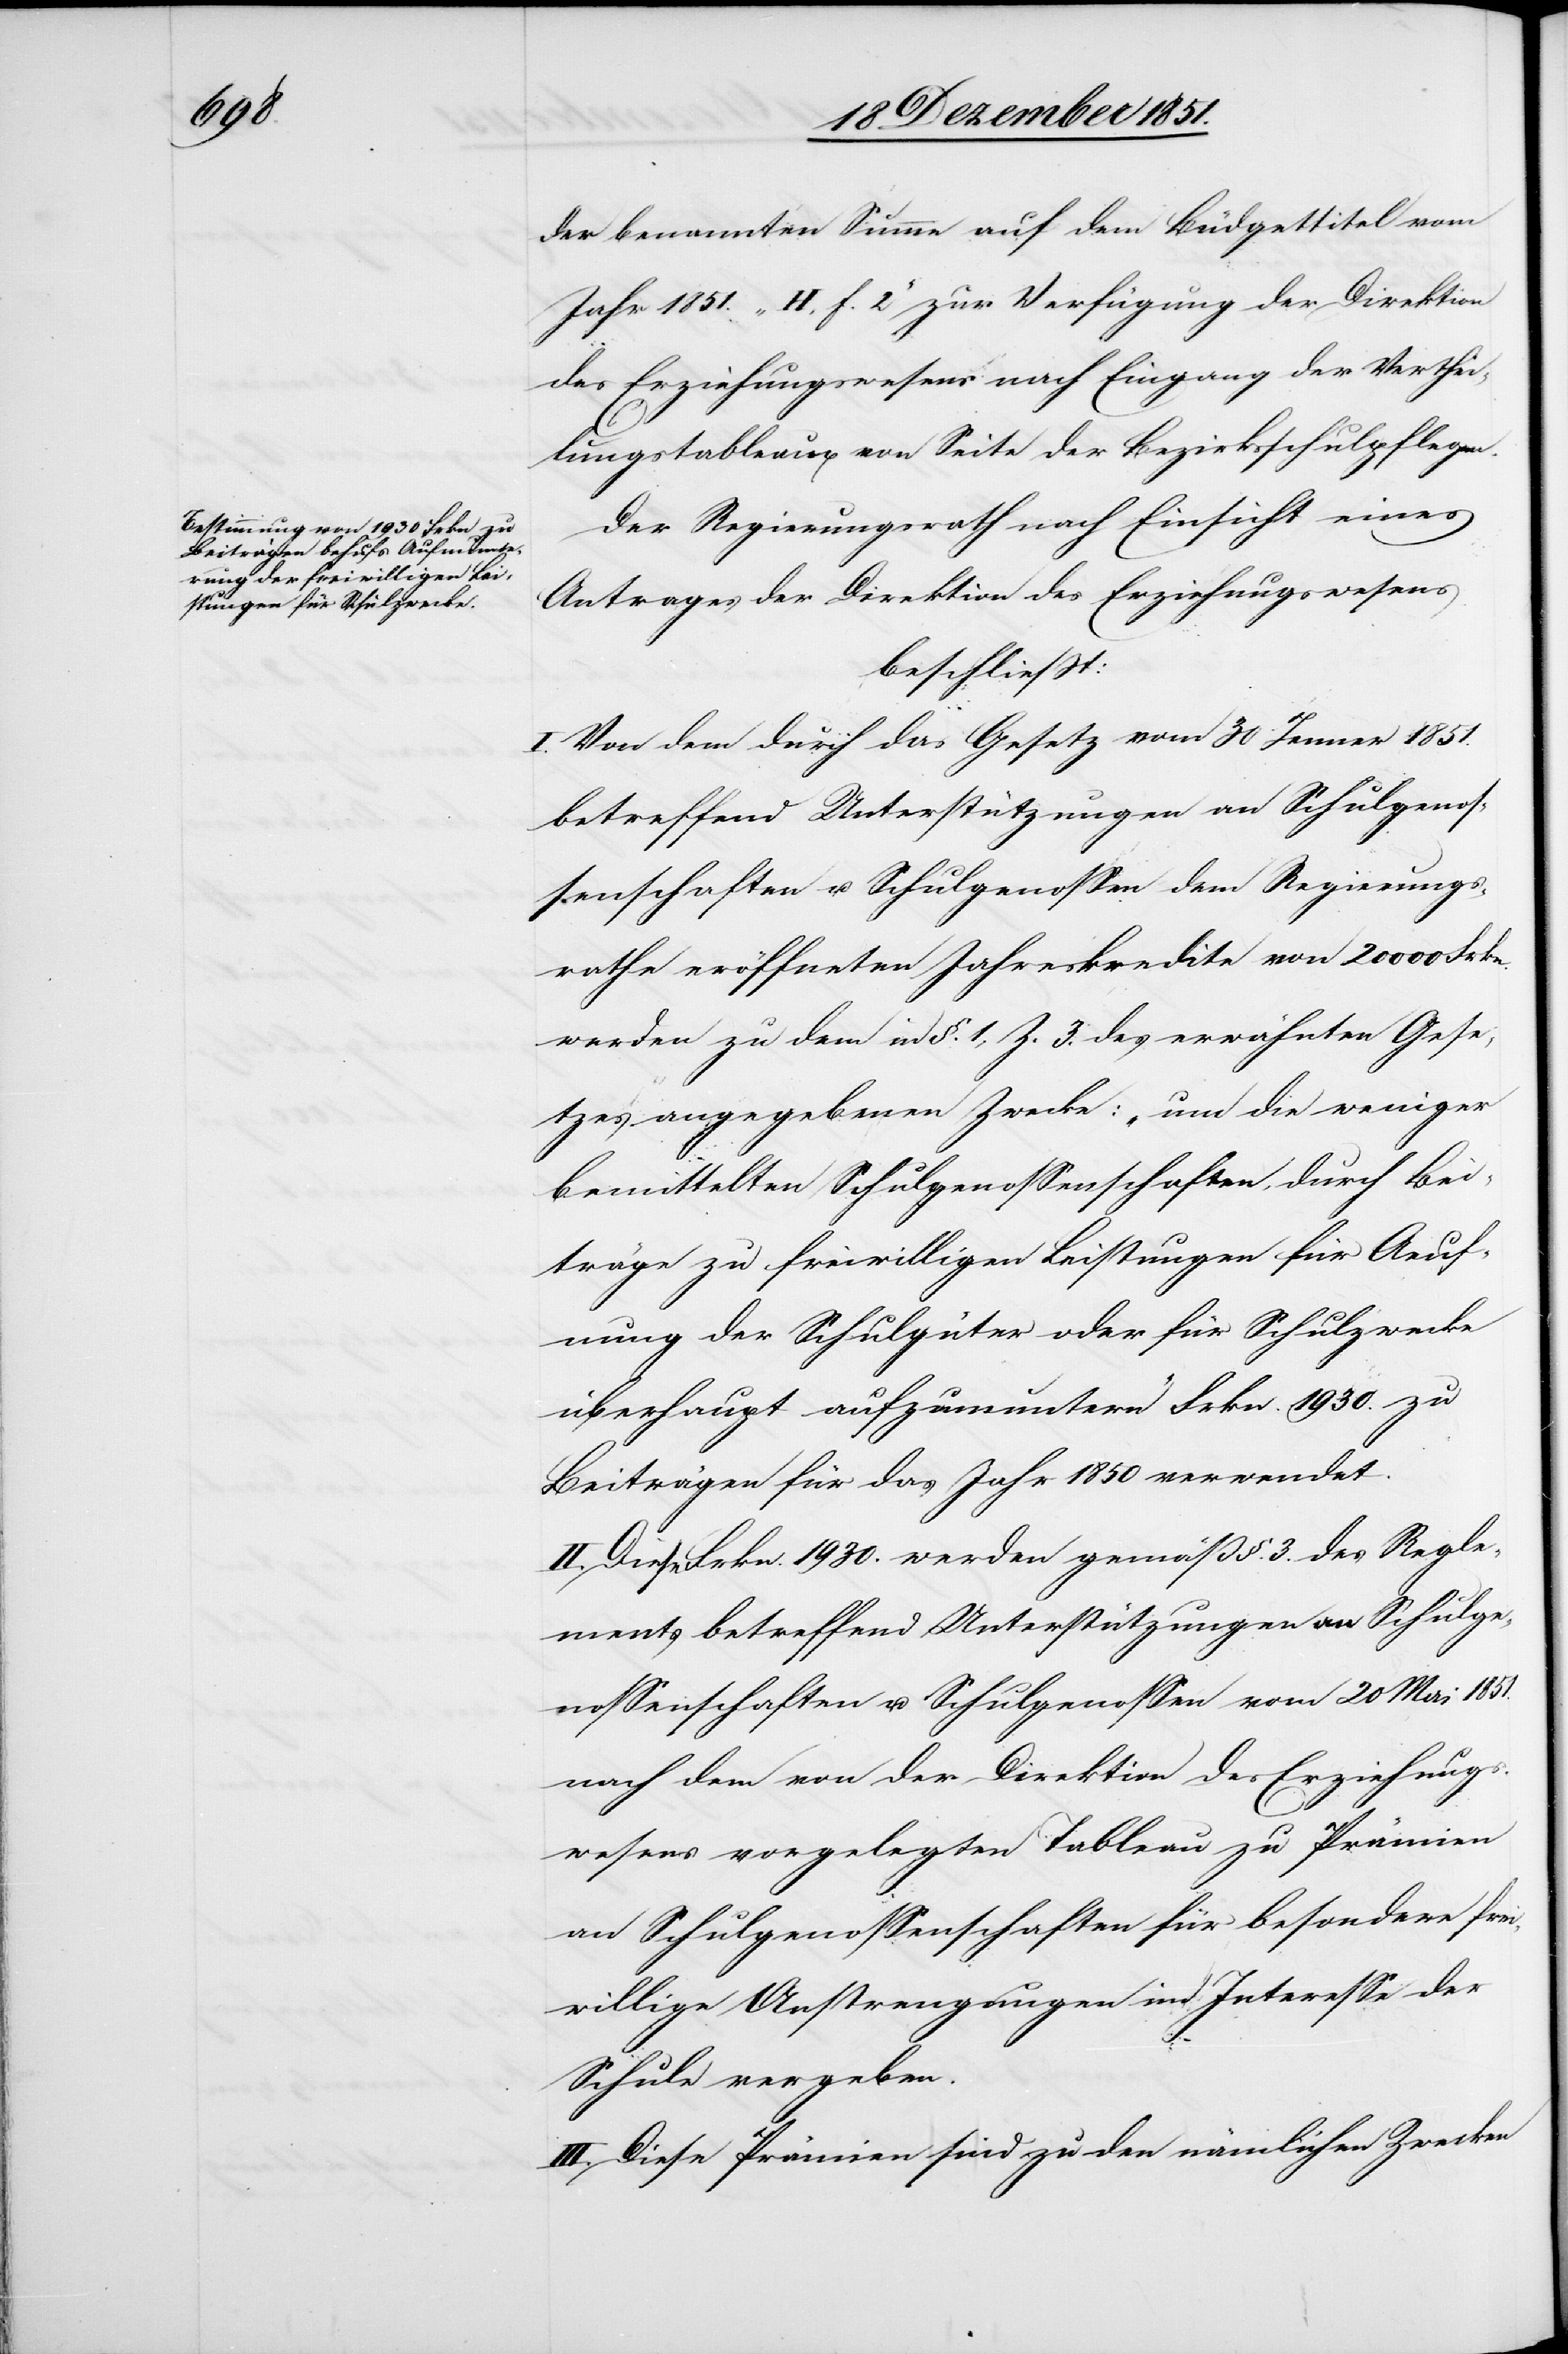
der benannten Summe auf dem Büdgettitel vom
Jahr 1851. „H. f. 2“ zur Verfügung der Direktion
des Erziehungswesens nach Eingang der Verthei¬
lungstableaux von Seite der Bezirksschulpflegen.
Der Regierungsrath nach Einsicht eines
Antrages der Direktion des Erziehungswesens
beschließt:
I. Von dem durch das Gesetz vom 30 Jenner 1851.
betreffend Unterstützungen an Schulgenos¬
senschaften u. Schulgenossen dem Regierungs¬
rathe eröffneten Jahreskredite von 20 000 Frkn.
werden zu dem in §. 1, Z. 3. des erwähnten Gese¬
tzes angegebenen Zwecke: „um die weniger
bemittelten Schulgenossenschaften, durch Bei¬
träge zu freiwilligen Leistungen für Aeuf¬
nung der Schulgüter oder für Schulzwecke
überhaupt aufzumuntern“ Frkn. 1930. zu
Beiträgen für das Jahr 1850 verwendet.
II. Diese Frkn. 1930. werden gemäß §. 3. des Regle¬
ments betreffend Unterstützungen an Schulge¬
nossenschaften u. Schulgenossen vom 20 Mai 1851.
nach dem von der Direktion des Erziehungs¬
wesens vorgelegten Tableau zu Prämien
an Schulgenossenschaften für besondere frei¬
willige Anstrengungen im Interesse der
Schule vergeben.
III. Diese Prämien sind zu den nämlichen Zwecken